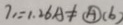
7 _ { 1 } = 1 . 2 6 \textcircled { A } \neq ( b )